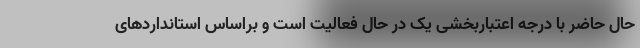
حال حاضر با درجه اعتباربخشی یک در حال فعالیت است و براساس استانداردهای